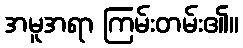
အမူအရာ ကြမ်းတမ်း၏။